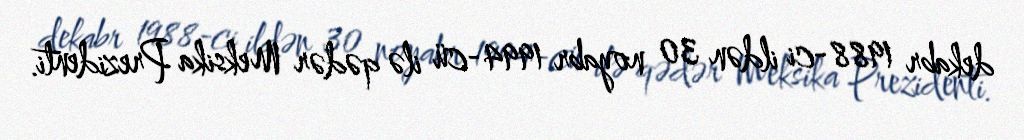
dekabr 1988-ci ildən 30 noyabr 1994-cü ilə qədər Meksika Prezidenti.